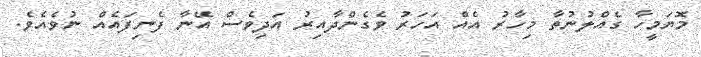
މޮޔަމީހާ ގެއްލުނުތާ މިހާރު އެއް އަހަރު ވެގެންދާއިރު އަދިވެސް އޭނާ ފެނިފައެއް ނުވެއެވެ.